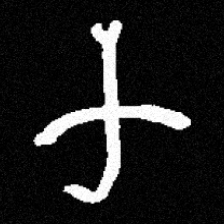
Pyu character \u2014 Myanmar letter: က (romanized: ka)